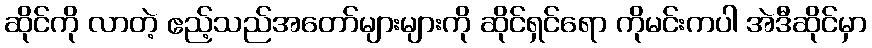
ဆိုင်ကို လာတဲ့ ဧည့်သည်အတော်များများကို ဆိုင်ရှင်ရော ကိုမင်းကပါ အဲဒီဆိုင်မှာ